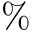
\%